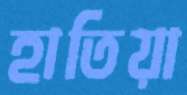
হাতিয়া